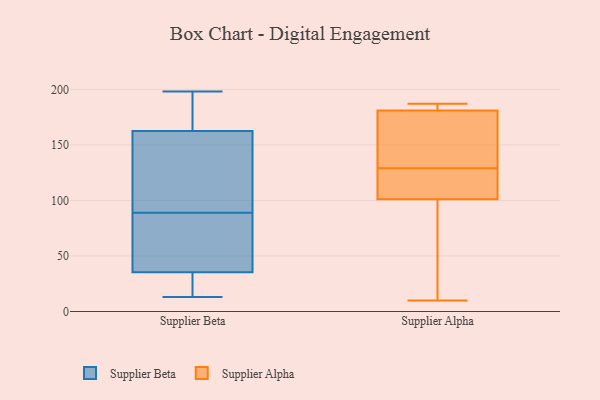
{"axis": {"x": "Page Views", "y": "Value"}, "legend": ["Supplier Alpha", "Supplier Beta"], "data": [{"x": "", "y": 33, "type": "Supplier Beta"}, {"x": "", "y": 198, "type": "Supplier Beta"}, {"x": "", "y": 110, "type": "Supplier Beta"}, {"x": "", "y": 29, "type": "Supplier Beta"}, {"x": "", "y": 152, "type": "Supplier Beta"}, {"x": "", "y": 89, "type": "Supplier Beta"}, {"x": "", "y": 196, "type": "Supplier Beta"}, {"x": "", "y": 49, "type": "Supplier Beta"}, {"x": "", "y": 133, "type": "Supplier Beta"}, {"x": "", "y": 194, "type": "Supplier Beta"}, {"x": "", "y": 13, "type": "Supplier Beta"}, {"x": "", "y": 36, "type": "Supplier Beta"}, {"x": "", "y": 58, "type": "Supplier Beta"}, {"x": "", "y": 185, "type": "Supplier Alpha"}, {"x": "", "y": 148, "type": "Supplier Alpha"}, {"x": "", "y": 20, "type": "Supplier Alpha"}, {"x": "", "y": 110, "type": "Supplier Alpha"}, {"x": "", "y": 184, "type": "Supplier Alpha"}, {"x": "", "y": 74, "type": "Supplier Alpha"}, {"x": "", "y": 180, "type": "Supplier Alpha"}, {"x": "", "y": 129, "type": "Supplier Alpha"}, {"x": "", "y": 187, "type": "Supplier Alpha"}, {"x": "", "y": 123, "type": "Supplier Alpha"}, {"x": "", "y": 10, "type": "Supplier Alpha"}, {"x": "", "y": 170, "type": "Supplier Alpha"}, {"x": "", "y": 117, "type": "Supplier Alpha"}]}